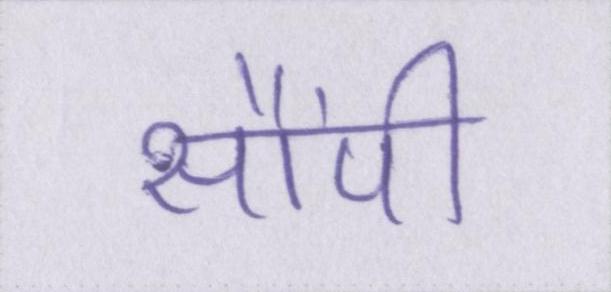
सौंपी